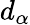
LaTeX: d_{\alpha}